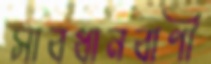
সাবধানবাণী